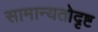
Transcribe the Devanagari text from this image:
सामान्यतोदृष्ट